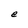
Character: e